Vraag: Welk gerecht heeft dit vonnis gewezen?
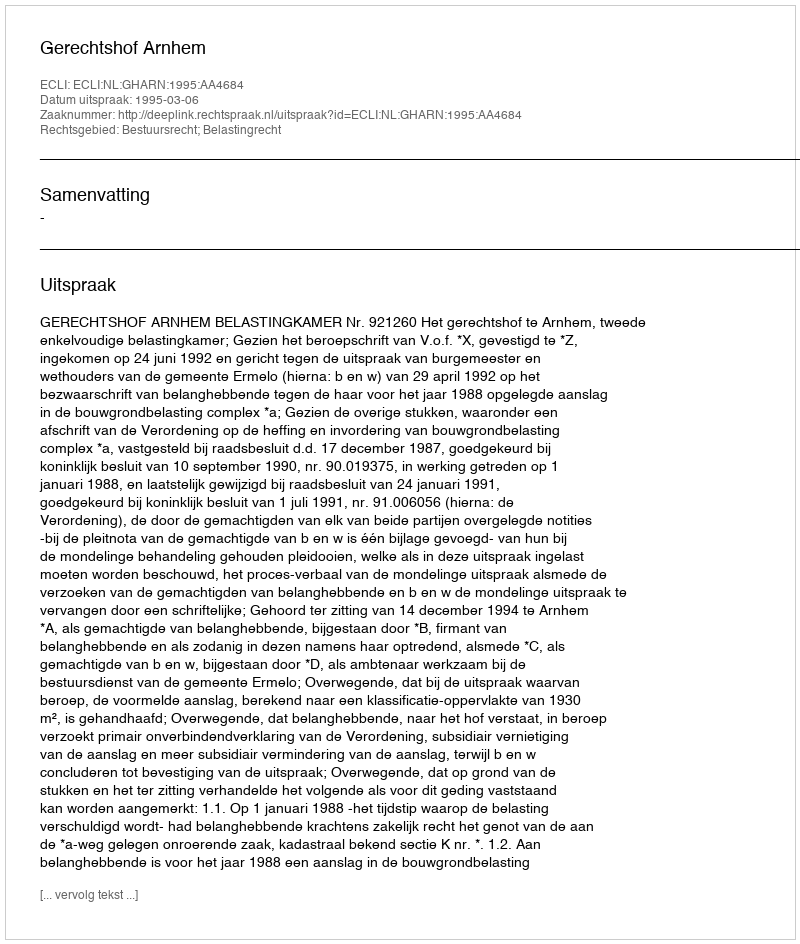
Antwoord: Gerechtshof Arnhem